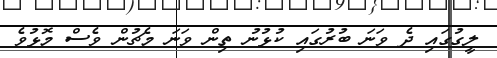
ލީގުގައި ދެ ވަނަ ބުރުގައި ކުޅުނު ތިން ވަނަ މެޗުން ވެސް މޮޅުވެ